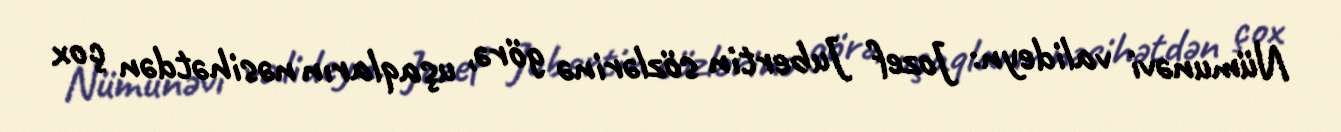
Nümunəvi valideyn: Jozef Jubertin sözlərinə görə, uşaqların nəsihətdən çox